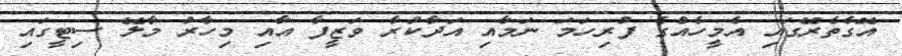
އޭގެތެރޭގައި އެމީހެއްގެ ފުރިހަމަ ނަމާއި އަދާކުރާ ވަޒީފާ އާއި މިހާރު މާލޭ ސިޓީގައި